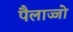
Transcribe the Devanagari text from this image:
पैलाज्जो